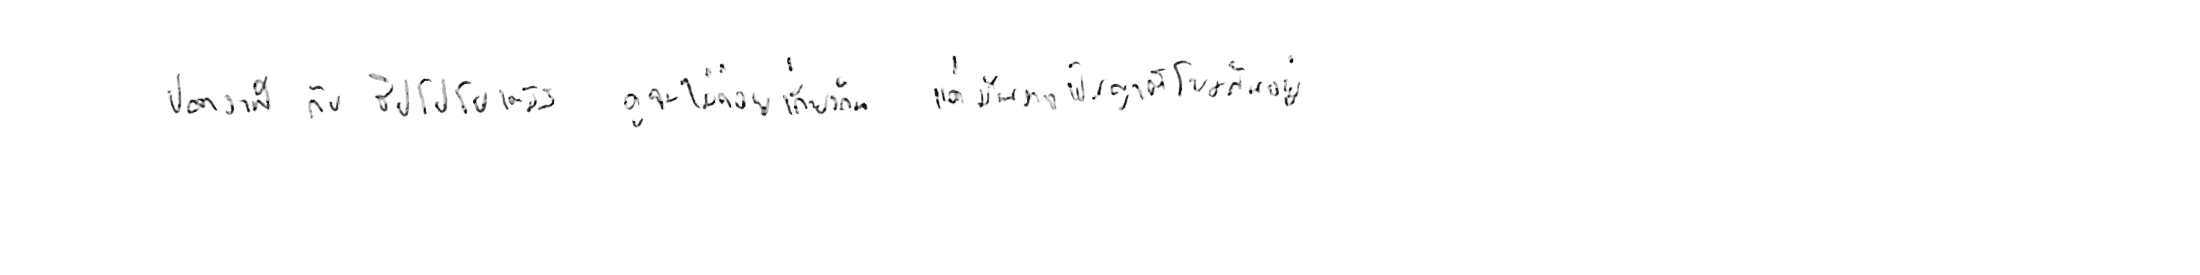
ปลาวาฬ กับ ฮิปโปโปเตมัส ดูจะไม่ค่อยเกี่ยวกัน แต่มันอาจเป็นญาติโยมกันอยู่